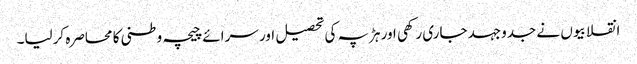
انقلابیوں نے جدوجہد جاری رکھی اور ہڑپہ کی تحصیل اور سرائے چیچہ وطنی کا محاصرہ کرلیا۔